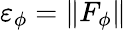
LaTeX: \varepsilon_{\phi}=\| F_{\phi}\|